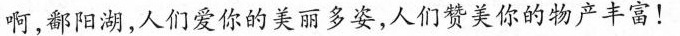
啊，鄱阳湖，人们爱你的美丽多姿，人们赞美你的物产丰富！